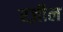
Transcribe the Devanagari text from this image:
रज़ील